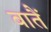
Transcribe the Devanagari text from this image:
बातैं